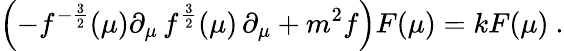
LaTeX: \left(-f^{-{\frac{3}{2}}}(\mu)\partial_{\mu}\, f^{{\frac{3}{2}}}(\mu)\, \partial_{\mu}+m^{2}f\right)F(\mu)=kF(\mu)\ .